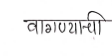
मजकूर: वागण्यान्ची